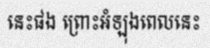
នេះផង ព្រោះអំឡុងពេលនេះ